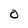
Character: O